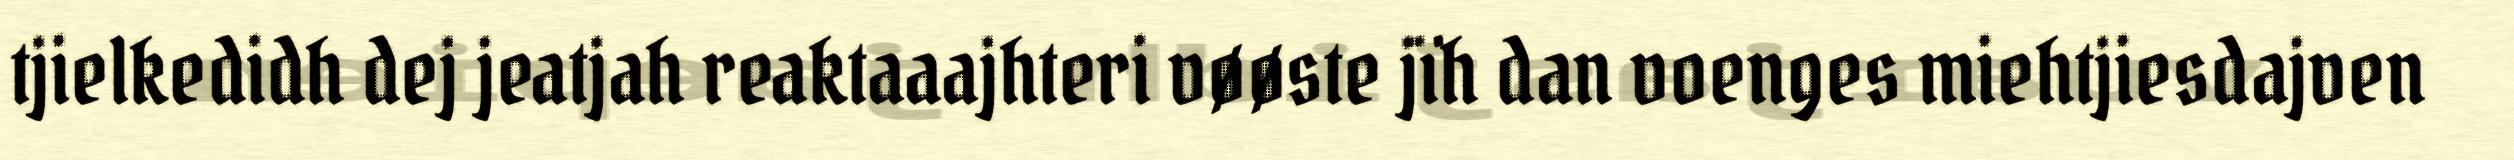
tjielkedidh dej jeatjah reaktaaajhteri vøøste jïh dan voenges miehtjiesdajven